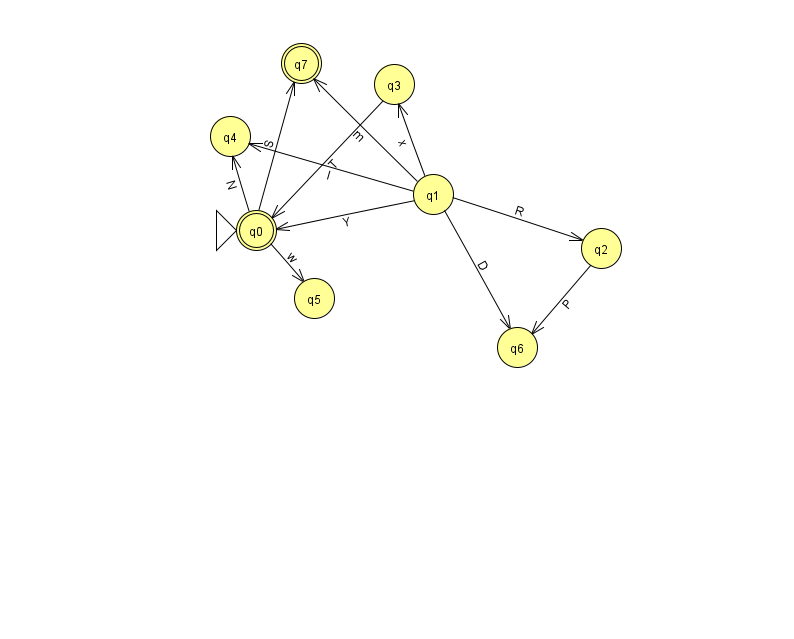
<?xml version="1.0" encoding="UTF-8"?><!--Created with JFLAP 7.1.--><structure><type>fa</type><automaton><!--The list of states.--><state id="0" name="q0"><x>256.0</x><y>217.0</y><initial/><final/></state><state id="1" name="q1"><x>433.0</x><y>181.0</y></state><state id="2" name="q2"><x>601.0</x><y>235.0</y></state><state id="3" name="q3"><x>394.0</x><y>71.0</y></state><state id="4" name="q4"><x>230.0</x><y>123.0</y></state><state id="5" name="q5"><x>314.0</x><y>285.0</y></state><state id="6" name="q6"><x>517.0</x><y>334.0</y></state><state id="7" name="q7"><x>301.0</x><y>50.0</y><final/></state><!--The list of transitions.--><transition><from>1</from><to>6</to><read>D</read></transition><transition><from>0</from><to>4</to><read>N</read></transition><transition><from>1</from><to>0</to><read>Y</read></transition><transition><from>1</from><to>3</to><read>x</read></transition><transition><from>1</from><to>7</to><read>m</read></transition><transition><from>3</from><to>0</to><read>T</read></transition><transition><from>0</from><to>7</to><read>S</read></transition><transition><from>1</from><to>2</to><read>R</read></transition><transition><from>0</from><to>5</to><read>w</read></transition><transition><from>1</from><to>4</to><read>l</read></transition><transition><from>2</from><to>6</to><read>P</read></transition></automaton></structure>